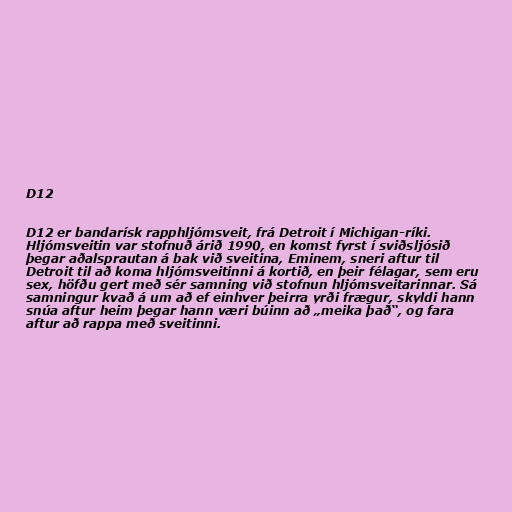
D12

D12 er bandarísk rapphljómsveit, frá Detroit í Michigan-ríki.
Hljómsveitin var stofnuð árið 1990, en komst fyrst í sviðsljósið
þegar aðalsprautan á bak við sveitina, Eminem, sneri aftur til
Detroit til að koma hljómsveitinni á kortið, en þeir félagar, sem eru
sex, höfðu gert með sér samning við stofnun hljómsveitarinnar. Sá
samningur kvað á um að ef einhver þeirra yrði frægur, skyldi hann
snúa aftur heim þegar hann væri búinn að „meika það“, og fara
aftur að rappa með sveitinni.